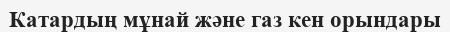
Катардың мұнай және газ кен орындары